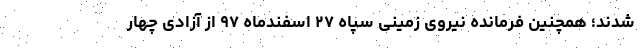
شدند؛ همچنین فرمانده نیروی زمینی سپاه ۲۷ اسفندماه ۹۷ از آزادی چهار